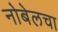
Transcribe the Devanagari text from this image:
नोबेलचा